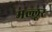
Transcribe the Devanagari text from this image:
मल्लूर